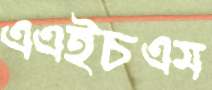
এএইচএম